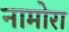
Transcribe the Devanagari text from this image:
नामोरा